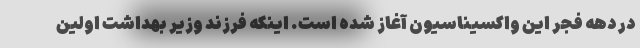
در دهه فجر این واکسیناسیون آغاز شده است. اینکه فرزند وزیر بهداشت اولین